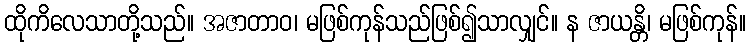
ထိုကိလေသာတို့သည်။ အဇာတာဝ၊ မဖြစ်ကုန်သည်ဖြစ်၍သာလျှင်။ န ဇာယန္တိ၊ မဖြစ်ကုန်။